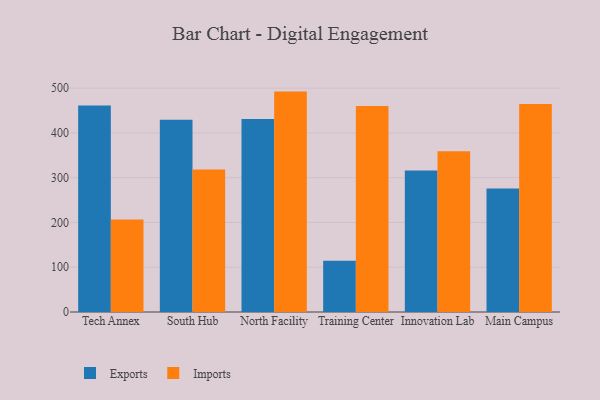
{"axis": {"x": "Campus", "y": "Conversion Rate (%)"}, "legend": ["Exports", "Imports"], "data": [{"x": "Tech Annex", "y": 461.4, "type": "Exports"}, {"x": "Tech Annex", "y": 206.3, "type": "Imports"}, {"x": "South Hub", "y": 429.6, "type": "Exports"}, {"x": "South Hub", "y": 318.2, "type": "Imports"}, {"x": "North Facility", "y": 431.0, "type": "Exports"}, {"x": "North Facility", "y": 492.2, "type": "Imports"}, {"x": "Training Center", "y": 114.2, "type": "Exports"}, {"x": "Training Center", "y": 459.9, "type": "Imports"}, {"x": "Innovation Lab", "y": 316.1, "type": "Exports"}, {"x": "Innovation Lab", "y": 358.9, "type": "Imports"}, {"x": "Main Campus", "y": 275.9, "type": "Exports"}, {"x": "Main Campus", "y": 464.7, "type": "Imports"}]}